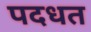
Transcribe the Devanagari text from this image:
पदधत